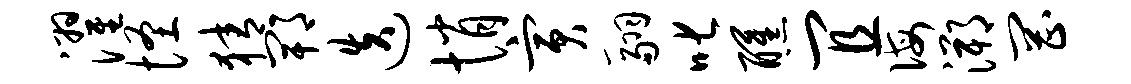
濯怪猜郫迭悄寅翮叱醺宜诲溯罔